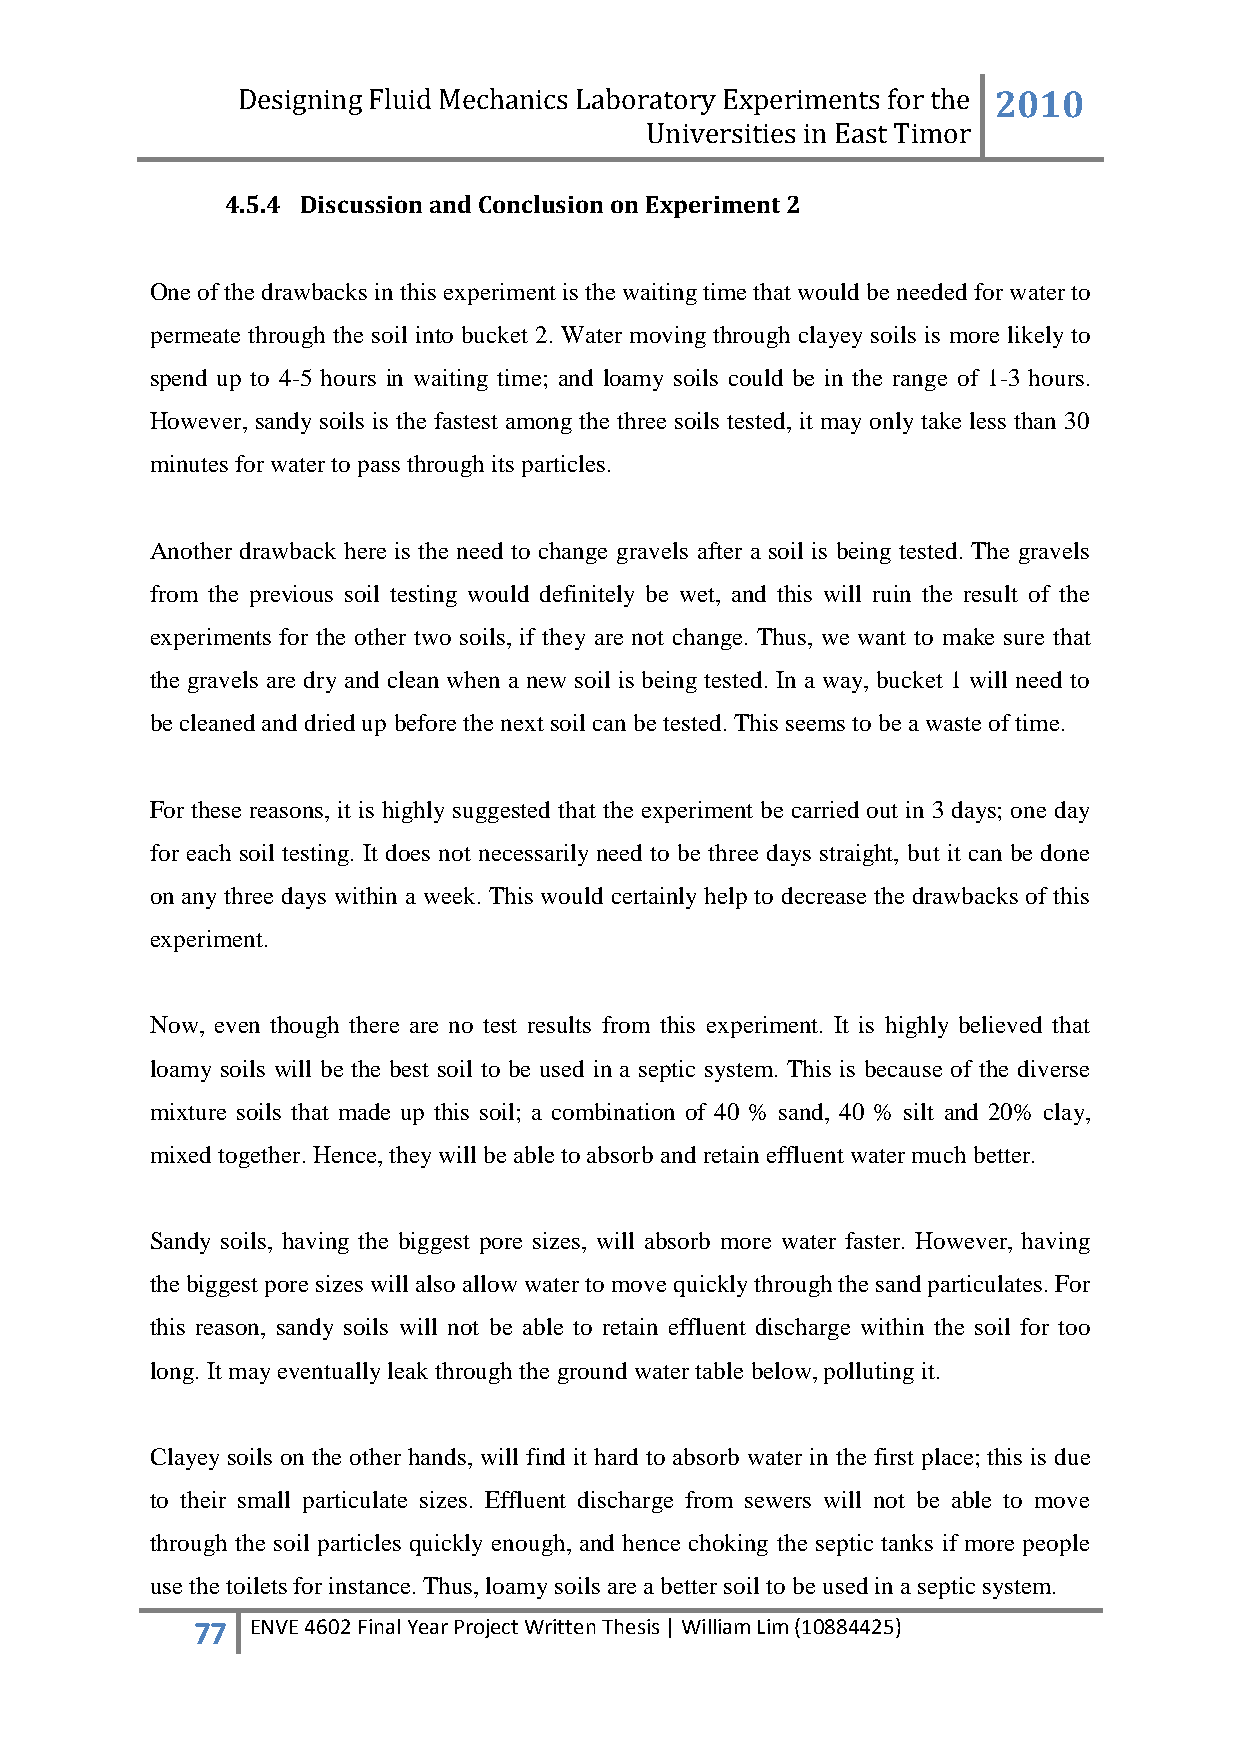
Designing Fluid Mechanics Laboratory Experiments for the 2010
 Universities in East Timor
 4.5.4 Discussion and Conclusion on Experiment 2
 One of the drawbacks in this experiment is the waiting time that would be needed for water to
 permeate through the soil into bucket 2. Water moving through clayey soils is more likely to
 spend up to 4-5 hours in waiting time; and loamy soils could be in the range of 1-3 hours.
 However, sandy soils is the fastest among the three soils tested, it may only take less than 30
 minutes for water to pass through its particles.
 Another drawback here is the need to change gravels after a soil is being tested. The gravels
 from the previous soil testing would definitely be wet, and this will ruin the result of the
 experiments for the other two soils, if they are not change. Thus, we want to make sure that
 the gravels are dry and clean when a new soil is being tested. In a way, bucket 1 will need to
 be cleaned and dried up before the next soil can be tested. This seems to be a waste of time.
 For these reasons, it is highly suggested that the experiment be carried out in 3 days; one day
 for each soil testing. It does not necessarily need to be three days straight, but it can be done
 on any three days within a week. This would certainly help to decrease the drawbacks of this
 experiment.
 Now, even though there are no test results from this experiment. It is highly believed that
 loamy soils will be the best soil to be used in a septic system. This is because of the diverse
 mixture soils that made up this soil; a combination of 40 % sand, 40 % silt and 20% clay,
 mixed together. Hence, they will be able to absorb and retain effluent water much better.
 Sandy soils, having the biggest pore sizes, will absorb more water faster. However, having
 the biggest pore sizes will also allow water to move quickly through the sand particulates. For
 this reason, sandy soils will not be able to retain effluent discharge within the soil for too
 long. It may eventually leak through the ground water table below, polluting it.
 Clayey soils on the other hands, will find it hard to absorb water in the first place; this is due
 to their small particulate sizes. Effluent discharge from sewers will not be able to move
 through the soil particles quickly enough, and hence choking the septic tanks if more people
 use the toilets for instance. Thus, loamy soils are a better soil to be used in a septic system.
 77  ENVE 4602 Final Year Project Written Thesis | William Lim (10884425)